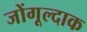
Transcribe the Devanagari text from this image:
जोंगूल्दाक